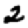
Digit: 2